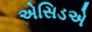
એસિડએ